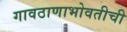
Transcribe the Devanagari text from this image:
गावठाणाभोवतीची